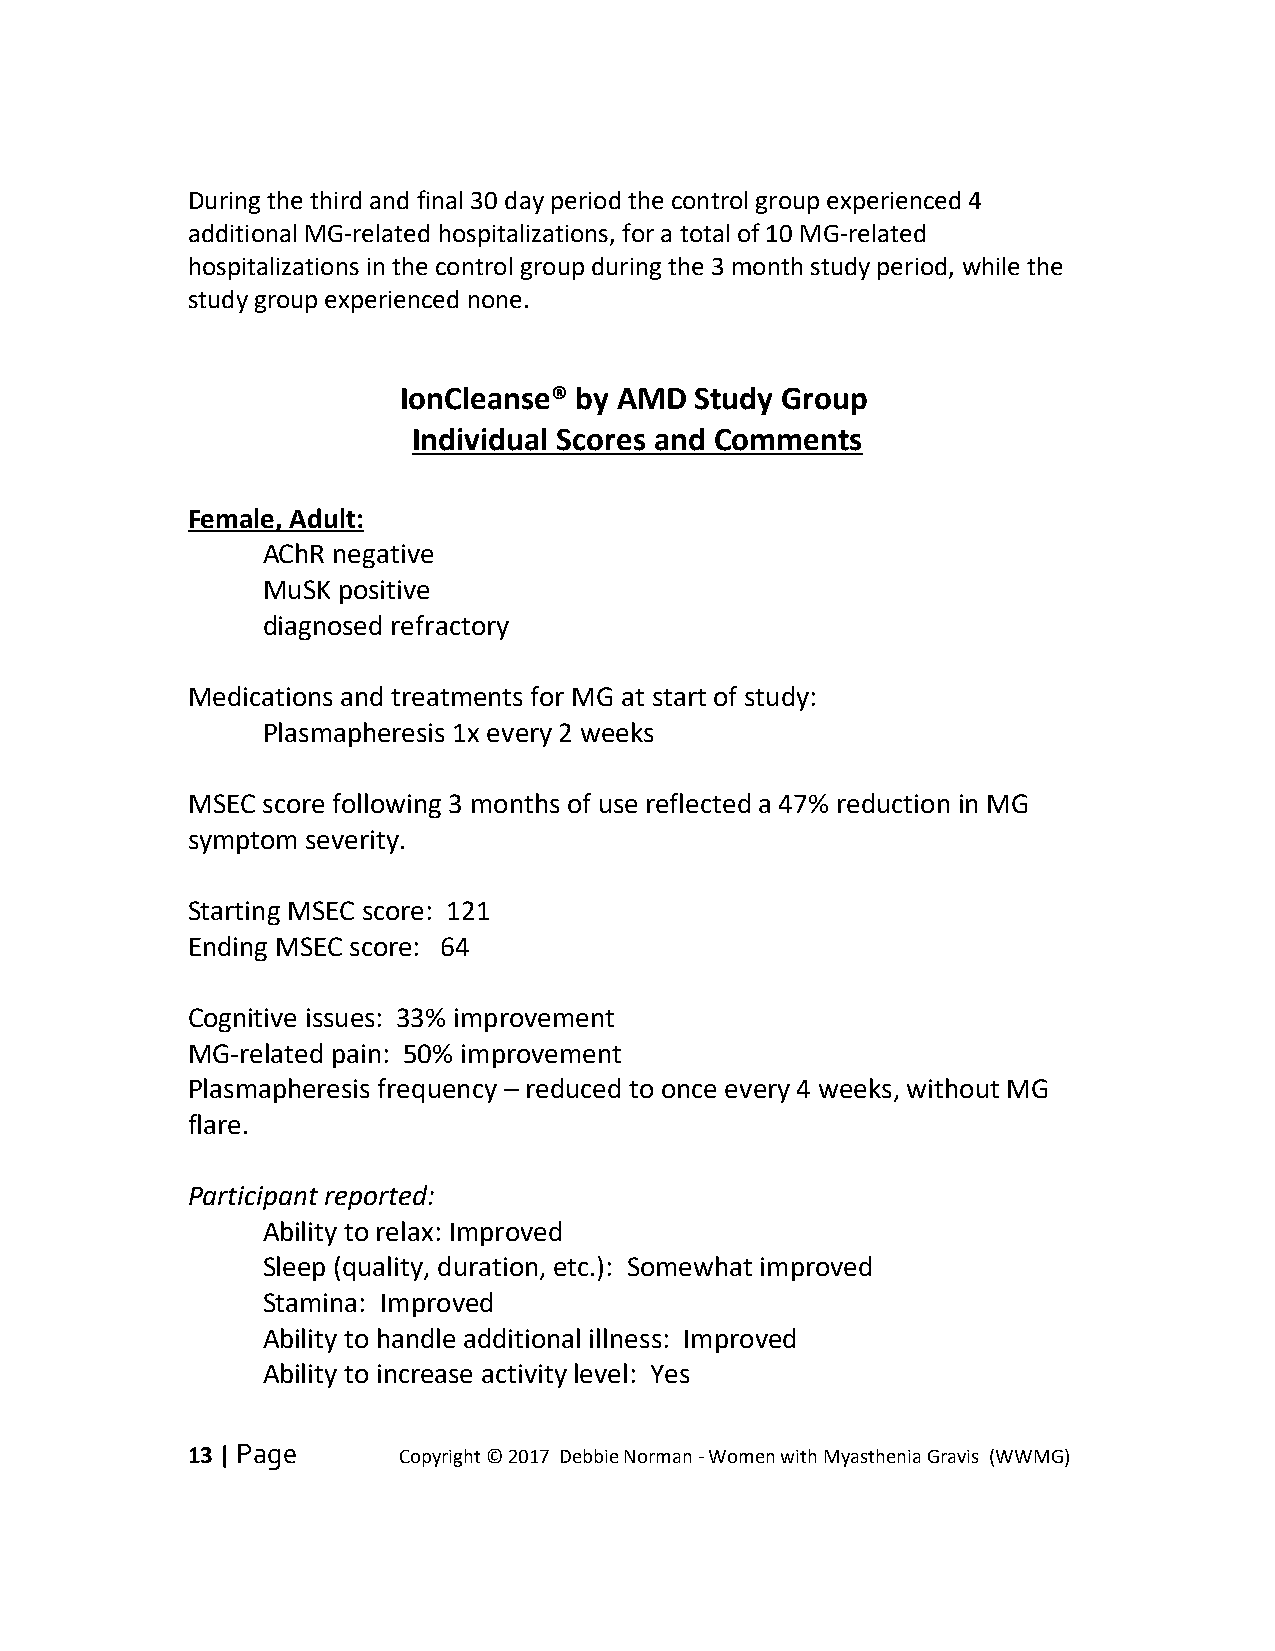
During the third and final 30 day period the control group experienced 4
 additional MG-related hospitalizations, for a total of 10 MG-related
 hospitalizations in the control group during the 3 month study period, while the
 study group experienced none.
 IonCleanse® by AMD  Study Group
 Individual Scores and Comments
 Female, Adult:
 AChR negative
 MuSK positive
 diagnosed refractory
 Medications and treatments for MG at start of study:
 Plasmapheresis 1x every 2 weeks
 MSEC score following 3 months of use reflected a 47% reduction in MG
 symptom severity.
 Starting MSEC score: 121
 Ending MSEC score: 64
 Cognitive issues: 33% improvement
 MG-related pain: 50% improvement
 Plasmapheresis frequency – reduced to once every 4 weeks, without MG
 flare.
 Participant reported:
 Ability to relax: Improved
 Sleep (quality, duration, etc.): Somewhat improved
 Stamina: Improved
 Ability to handle additional illness: Improved
 Ability to increase activity level: Yes
 13 | Page     Copyright © 2017 Debbie Norman - Women with Myasthenia Gravis (WWMG)